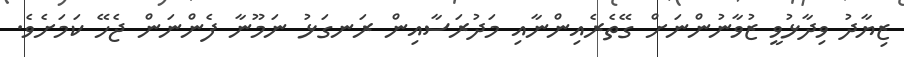
ޒިޔާދު ވިދާޅުވީ ޒުވާނުންނަށް ގޭތެރެއިންނާއި މަދުރަސާއިން ރަނގަޅު ނަމޫނާ ފެންނަން ޖެހޭ ކަމަށެވެ.